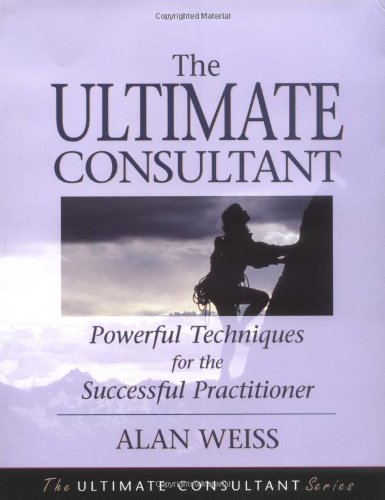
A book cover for The Ultimate Consultant: Powerful Techniques for the Successful Practitioner; Alan Weiss; Business & Money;